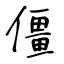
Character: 僵